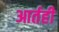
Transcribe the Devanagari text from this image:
आर्तही